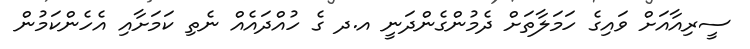
ސީރިއާއަށް ވައިގެ ހަމަލާތަށް ދެމުންގެންދަނީ އ.ދ ގެ ހުއްދައެއް ނެތި ކަމަށާއި އެހެންކަމުން